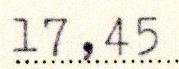
17,45